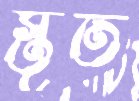
স্তূত